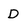
Character: D